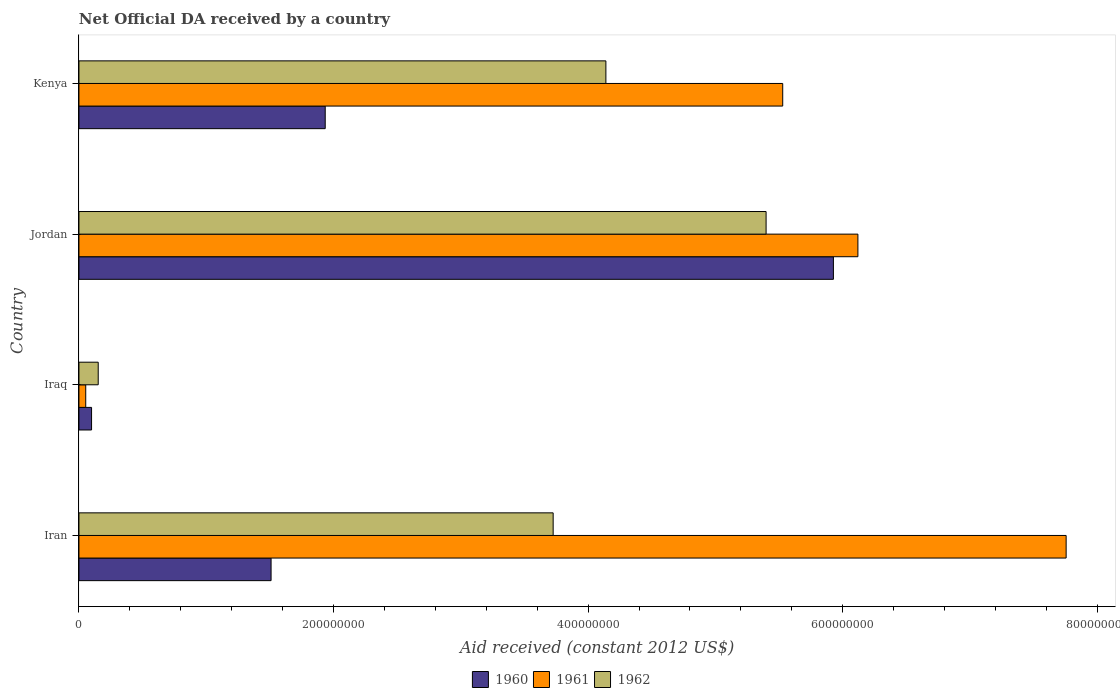
| Country | 1960 | 1961 | 1962 |
 | --- | --- | --- | --- |
 | Iran | 1.51e+08 | 7.75e+08 | 3.73e+08 |
 | Iraq | 9.91e+06 | 5.33e+06 | 1.51e+07 |
 | Jordan | 5.93e+08 | 6.12e+08 | 5.4e+08 |
 | Kenya | 1.93e+08 | 5.53e+08 | 4.14e+08 |